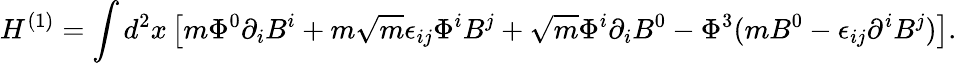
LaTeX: H^{(1)}=\int d^{2}x\left[m\Phi^{0}\partial_{i}B^{i}+m\sqrt{m}\epsilon_{ij}\Phi^{i}B^{j}+\sqrt{m}\Phi^{i}\partial_{i}B^{0}-\Phi^{3}(mB^{0}-\epsilon_{ij}\partial^{i}B^{j})\right].